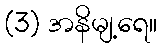
(3) အနိမျ့ရေ။